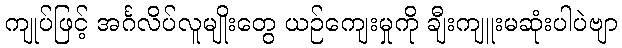
ကျုပ်ဖြင့် အင်္ဂလိပ်လူမျိုးတွေ ယဉ်ကျေးမှုကို ချီးကျူးမဆုံးပါပဲဗျာ